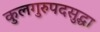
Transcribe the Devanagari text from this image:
कुलगुरुपदसुद्धा